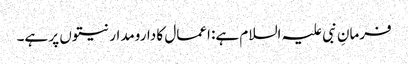
فرمانِ نبی علیہ السلام ہے: اعمال کا دارومدار نیتوں پر ہے۔